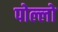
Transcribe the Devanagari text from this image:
पोल्लो